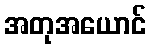
အတုအယောင်